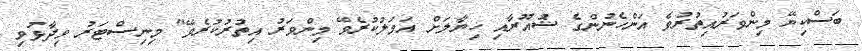
ބަސްކިޔޭ މިންވަރުއިތުރުވެ އަންހެނުންގެ ޝުއޫރާއި ހިޔާލަށް އަމަލުކުރެވޭ މިންވަރު އިތުރުކުރެވޭ" މިނިސްޓަރު ވިދާޅުވި